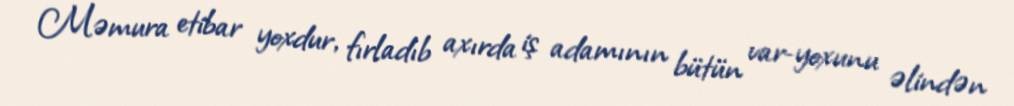
Məmura etibar yoxdur, fırladıb axırda iş adamının bütün var-yoxunu əlindən